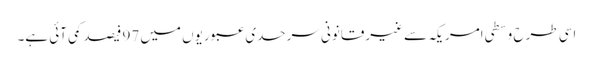
اسی طرح وسطی امریکہ سے غیرقانونی سرحدی عبوریوں میں 97 فیصد کمی آئی ہے۔